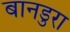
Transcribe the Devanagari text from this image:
बानडुरा